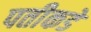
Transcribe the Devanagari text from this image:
पतीकडे